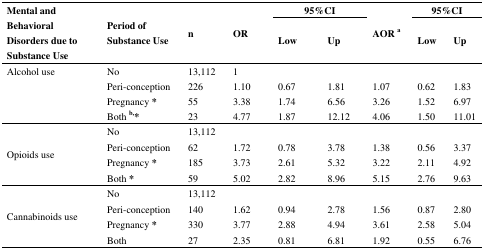
| <ROWSPAN=2> Mental and Behavioral Disorders due to Substance Use | <ROWSPAN=2> Period of Substance Use | <ROWSPAN=2> n | <ROWSPAN=2> OR | <COLSPAN=2> 95%CI | <ROWSPAN=2> AOR a | <COLSPAN=2> 95%CI |
 | Low | Up | Low | Up |
 | --- | --- | --- | --- | --- | --- | --- | --- | --- |
 | Alcohol use | No | 13,112 | 1 |  |  |  |  |  |
 | <ROWSPAN=3>  | Peri-conception | 226 | 1.10 | 0.67 | 1.81 | 1.07 | 0.62 | 1.83 |
 | Pregnancy * | 55 | 3.38 | 1.74 | 6.56 | 3.26 | 1.52 | 6.97 |
 | Both b,* | 23 | 4.77 | 1.87 | 12.12 | 4.06 | 1.50 | 11.01 |
 | <ROWSPAN=4> Opioids use | No | 13,112 |  |  |  |  |  |  |
 | Peri-conception | 62 | 1.72 | 0.78 | 3.78 | 1.38 | 0.56 | 3.37 |
 | Pregnancy * | 185 | 3.73 | 2.61 | 5.32 | 3.22 | 2.11 | 4.92 |
 | Both * | 59 | 5.02 | 2.82 | 8.96 | 5.15 | 2.76 | 9.63 |
 | <ROWSPAN=4> Cannabinoids use | No | 13,112 |  |  |  |  |  |  |
 | Peri-conception | 140 | 1.62 | 0.94 | 2.78 | 1.56 | 0.87 | 2.80 |
 | Pregnancy * | 330 | 3.77 | 2.88 | 4.94 | 3.61 | 2.58 | 5.04 |
 | Both | 27 | 2.35 | 0.81 | 6.81 | 1.92 | 0.55 | 6.76 |